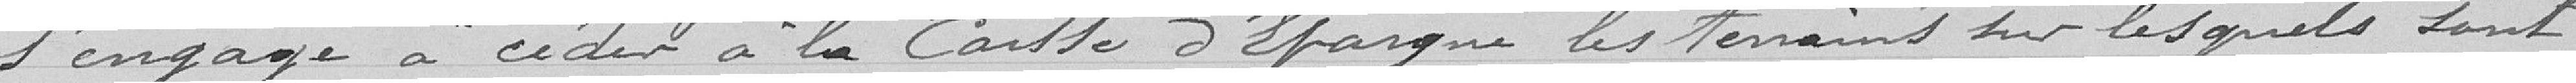
s'engage à céder à la Caisse d'Epargne les terrains sur lesquels sont